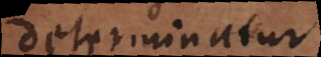
determinatur,